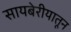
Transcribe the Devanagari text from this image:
सायबेरीयातून